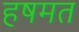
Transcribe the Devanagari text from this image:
हषमत